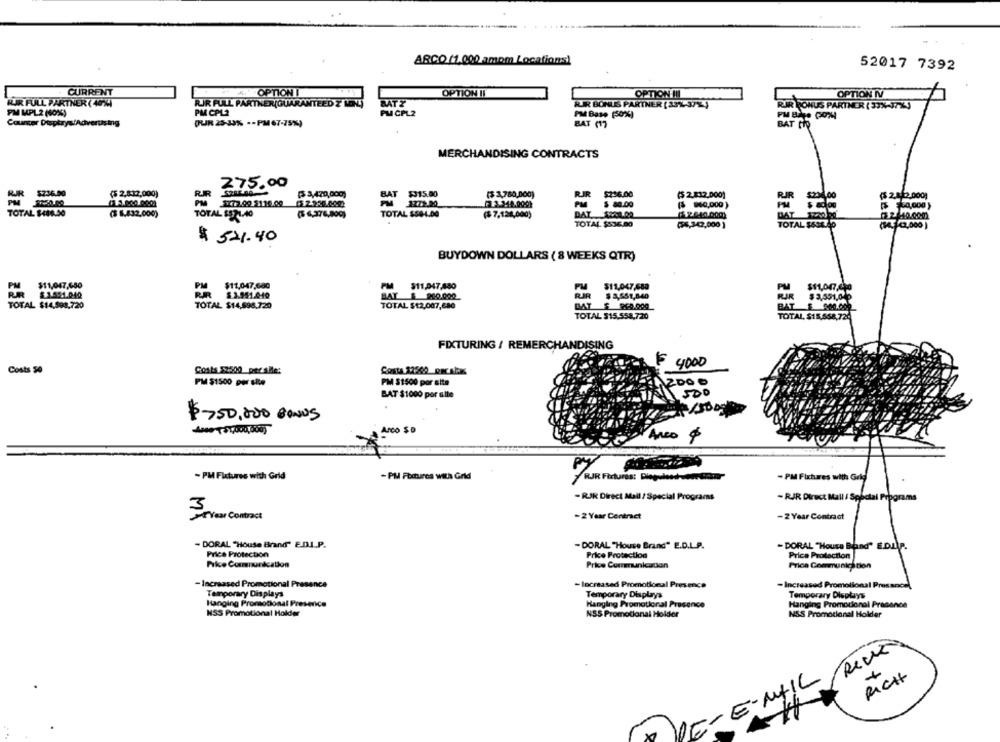
ARCO (1.000 amom Locations)
52017 7392
CURRENT
OPTIONI
OPTION II
OPTION !!!
OPTION IV
BIR FULL PARTNER ( 40)4)
RIR FULL PARTNER(GUARANTEED Z'LON)
BATY
BIR BONUS PARTNER [ 332-37%)
PM CPL2
RIR BONUS PARTNER ( 33%-77%3
PM MPL2 (60%)
PM CPL2
PM Base (50%)
Counter Displays/Adverusing
DRUK 25-33% -- PM67-75%)
BAT (17
BAT CIO
MERCHANDISING CONTRACTS
275.00
$236.00
(5 2,812,000)
RR
( 3,470,000)
BAT $315.00
($ 3,780,000)
RJR $236.00
($ 2.832,000)
RJR
RR
(5 2.842,000)
3772.99 5110.09
PM 1772.00
PM
$ 80.00
PM
TOTAL $486.50
(3 8,432.000)
TOTAL $571.40
(5 6,376,800)
TOTAL $504.00
($ 7,128,000)
($2.440.000)
2140.000
TOTAL $6327
TOTAL $536.00
(6,342,000 )
(54,43,000 )
$ 521.40
BUYDOWN DOLLARS ( 8 WEEKS QTR)
$11,047,650
PM
$11,047,680
PM $11,047,480
PM
$11,047,680
PM
$11,047,000
RR #1421.040
RJR $ 3.951.0-40
RIR
$ 8,651,040
RIR
$ 3,551,040
TOTAL $14,998,720
TOTAL $14,698.720
TOTAL $12,007,680
BAT £ 900.000
TOTAL $15.558,720
TOTAL, $15,658,729
FIXTURING / REMERCHANDISING
4000
Costs 50
Costs 52500 per alle:
Costa 32500 praiax
PM $1500 por site
PM $1500 por site
500
BAT $1000 por alle
$ 750.000 BONUS
Ane ( $ 1,000,000)
Arco $D
Arco
- PM Fixtures with Grid
-PM Features with Grid
RJR Fixtures; Diegulost
- PM Fixtures with Grig
- RJR Direct Mail / Special Programs
- RJR Direct Mall / Sphe
-2 Year Contract
-2 Year Contract
FICAMOS
- DORAL "House Brand" ED.I.P.
- DORAL "House Brand" E.D.L.P.
- DORAL "House Band" E.DLAP.
Price Protection
Price Protection
Price Protection
Pike Communication
Price Communication
Price Communication
- Increased Promotional Presence
- Increased Promotional Presence
- Increased Promotional Prest
Temporary Displays
Temporary Displays
Temporary Displays
Hanging PromoDonal Presence
Hanging Promotional Presence
Hanging Promocional Presence
NSS Promotional Holder
N55 Promotional Holder
NSS Promocional Holder
RICH
E-MAIL